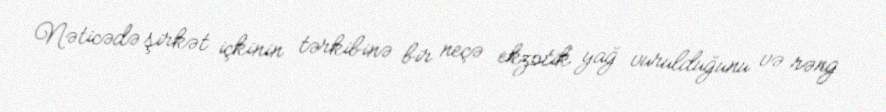
Nəticədə şirkət içkinin tərkibinə bir neçə ekzotik yağ vurulduğunu və rəng